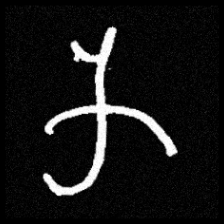
Pyu character \u2014 Myanmar letter: က (romanized: ka)